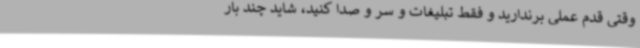
وقتی قدم عملی برندارید و فقط تبلیغات و سر و صدا کنید، شاید چند بار